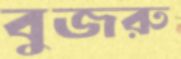
বুজরু